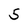
Character: 5